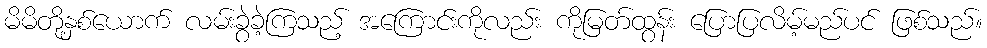
မိမိတို့နှစ်ယောက် လမ်းခွဲခဲ့ကြသည့် အကြောင်းကိုလည်း ကိုမြတ်ထွန်း ပြောပြလိမ့်မည်ပင် ဖြစ်သည်။